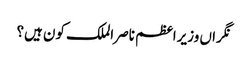
نگراں وزیراعظم ناصر الملک کون ہیں؟